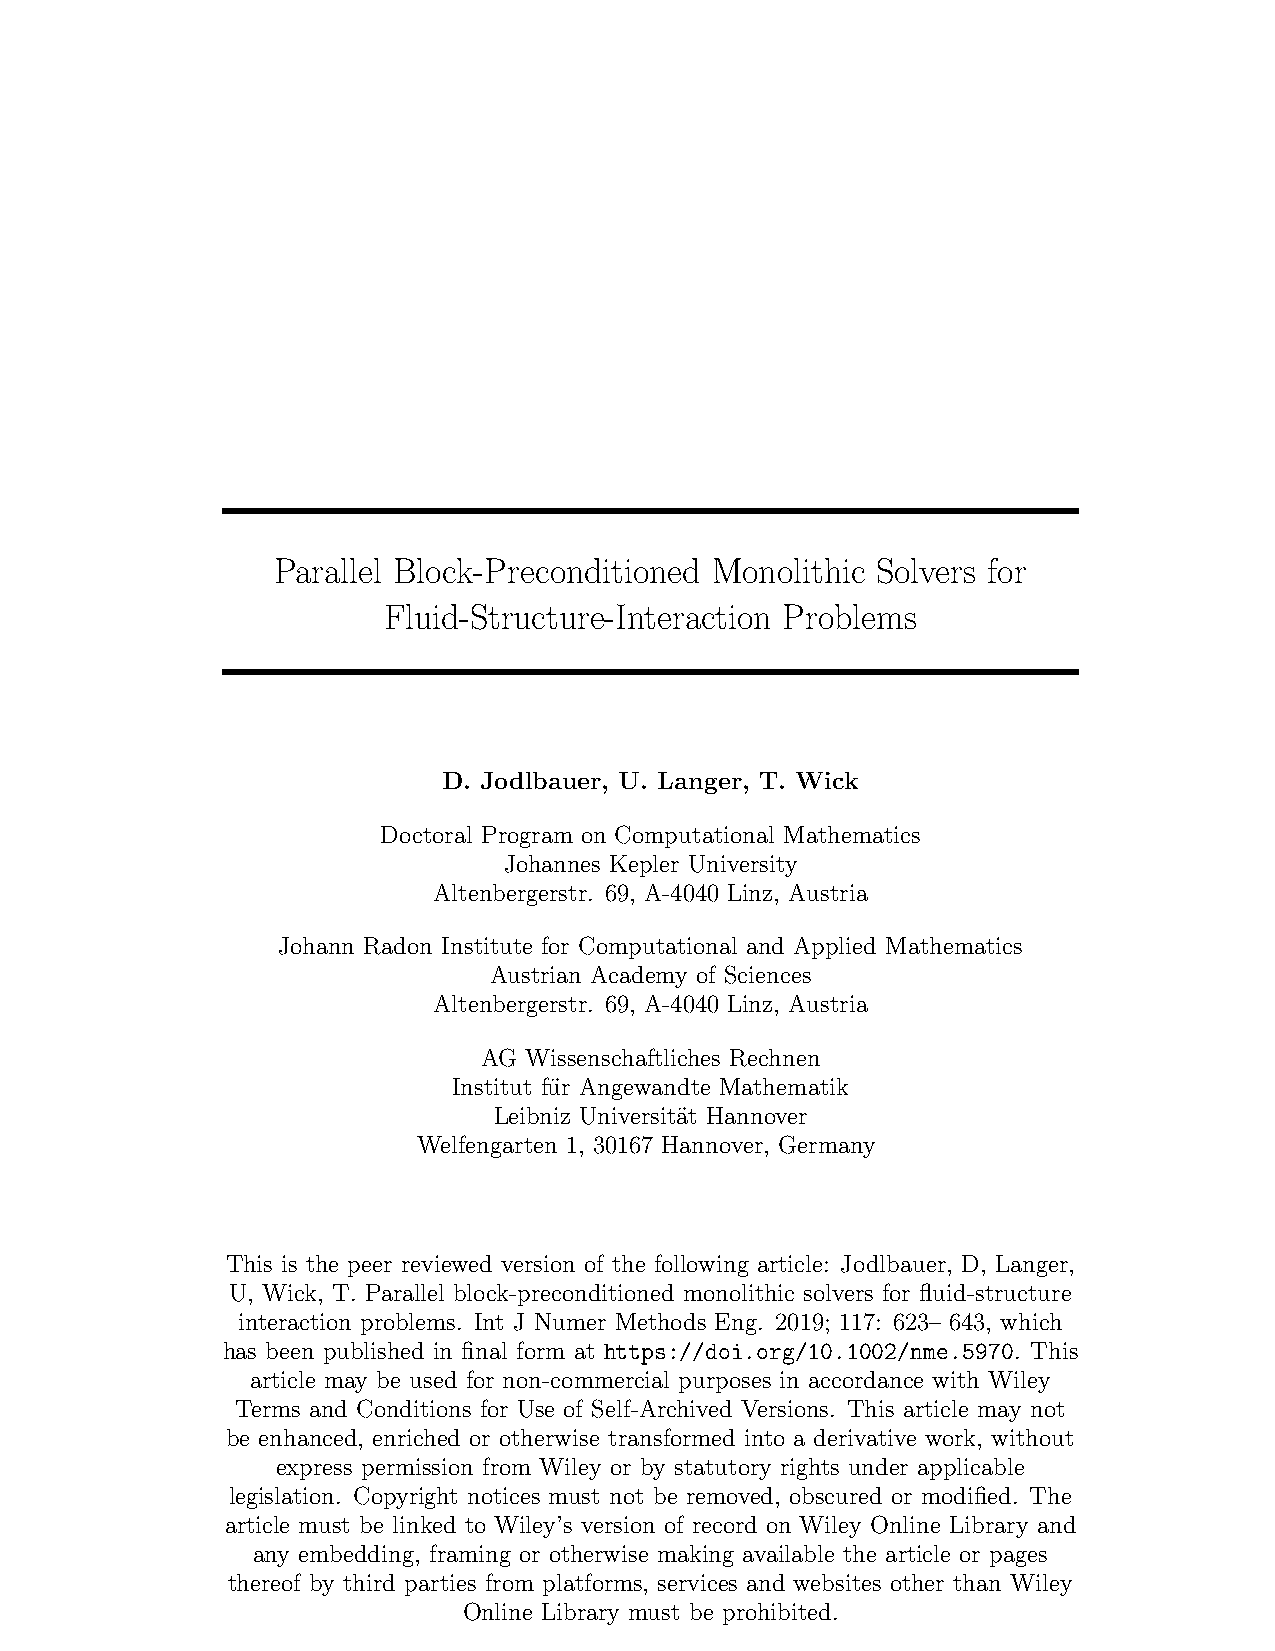
Parallel Block-Preconditioned Monolithic Solvers for
 Fluid-Structure-Interaction Problems
 D. Jodlbauer, U. Langer, T. Wick
 Doctoral Program on Computational Mathematics
 Johannes Kepler University
 Altenbergerstr. 69, A-4040 Linz, Austria
 Johann Radon Institute for Computational and Applied Mathematics
 Austrian Academy of Sciences
 Altenbergerstr. 69, A-4040 Linz, Austria
 AG Wissenschaftliches Rechnen
 Institut fu¨r Angewandte Mathematik
 Leibniz Universita¨t Hannover
 Welfengarten 1, 30167 Hannover, Germany
 This is the peer reviewed version of the following article: Jodlbauer, D, Langer,
 U, Wick, T. Parallel block-preconditioned monolithic solvers for fluid-structure
 interaction problems. Int J Numer Methods Eng. 2019; 117: 623– 643, which
 has been published in final form at https://doi.org/10.1002/nme.5970. This
 article may be used for non-commercial purposes in accordance with Wiley
 Terms and Conditions for Use of Self-Archived Versions. This article may not
 be enhanced, enriched or otherwise transformed into a derivative work, without
 express permission from Wiley or by statutory rights under applicable
 legislation. Copyright notices must not be removed, obscured or modified. The
 article must be linked to Wiley’s version of record on Wiley Online Library and
 any embedding, framing or otherwise making available the article or pages
 thereof by third parties from platforms, services and websites other than Wiley
 Online Library must be prohibited.